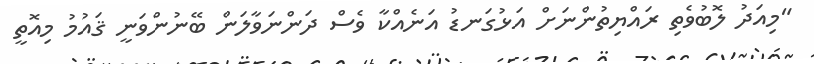
"މިއަދު ލޮބުވެތި ރައްޔިތުންނަށް އަޅުގަނޑު އަނެއްކާ ވެސް ދަންނަވާލަން ބޭނުންވަނީ ޤައުމު މިއޮތީ